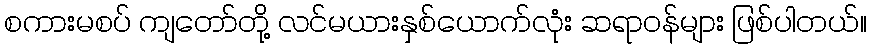
စကားမစပ် ကျတော်တို့ လင်မယားနှစ်ယောက်လုံး ဆရာဝန်များ ဖြစ်ပါတယ်။